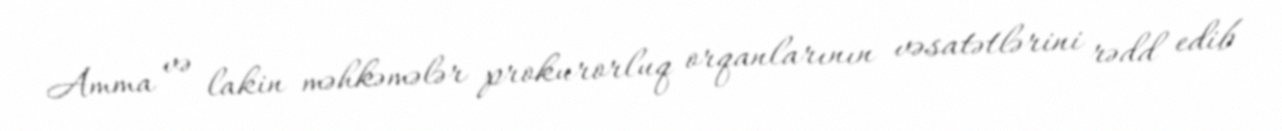
Amma və lakin məhkəmələr prokurorluq orqanlarının vəsatətlərini rədd edib